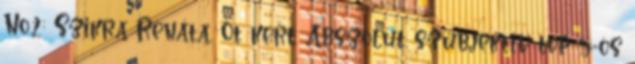
No.2: Szikra Renáta. Öt kert. Abszolút szubjektív top 5-ös